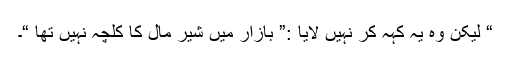
“ لیکن وہ یہ کہہ کر نہیں لایا :” بازار میں شیر مال کا کلچہ نہیں تھا “۔